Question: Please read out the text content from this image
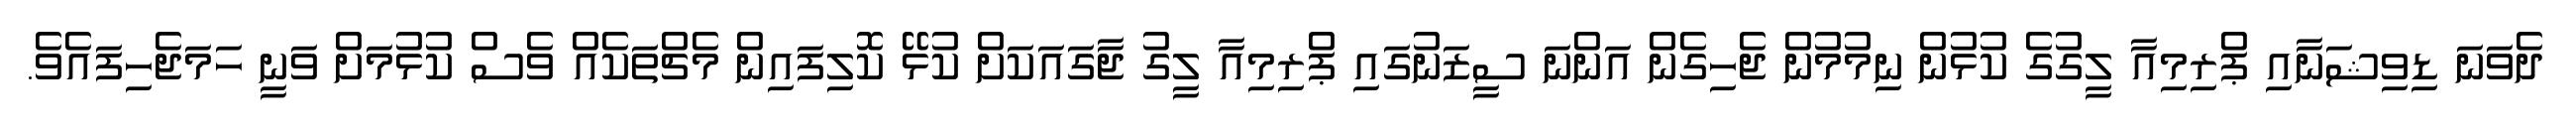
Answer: ދެވަނަ ޑިވިޝަނާއި ޕްރިމިއާ ލީގުގެ ކުޅުން ނިމުމުން ޖެހިގެން އަންނަ ސީޒަނުގައި ޕްރިމިއާ ލީގު ޖާގައަކަށް ކުޅޭ ކޮލިފައިން މެޗްތަކެއް ވެސް ކުޅުމަށް ވަނީ ހަމަޖެހިފައެވެ.